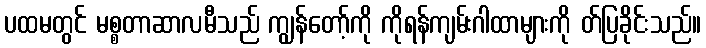
ပထမတွင် မစ္စတာဆာလမီသည် ကျွန်တော့်ကို ကိုရန်ကျမ်းဂါထာများကို တ်ပြခိုင်းသည်။